画像に写った文字を読んでください
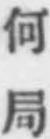
「何局」と書いてあります